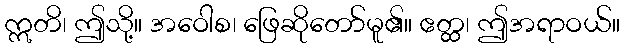
ဣတိ၊ ဤသို့။ အဝေါစ၊ ဖြေဆိုတော်မူ၏။ ဧတ္ထ၊ ဤအရာဝယ်။